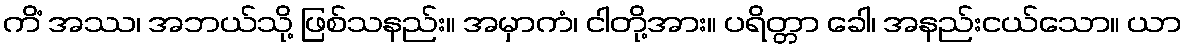
ကိံ အဿ၊ အဘယ်သို့ ဖြစ်သနည်း။ အမှာကံ၊ ငါတို့အား။ ပရိတ္တာ ခေါ၊ အနည်းငယ်သော။ ယာ